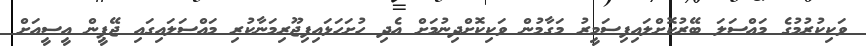
ވަކިކުރުމުގެ މައްސަލަ ބޭރުކޮށްލައިފިސަމީރު މަގާމުން ވަކިކޮށްދިނުމަށް އެދި ހުށަހަޅައިފިޖޫރިމަނާކުރި މައްސަލައިގައި ޖޭޕީން އީސީއަށް